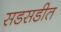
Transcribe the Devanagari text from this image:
सडसडीत